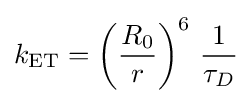
k_{\text{ET}}=\left({\frac {R_{0}}{r}}\right)^{6}\,{\frac {1}{\tau _{D}}}